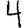
Digit: 4